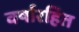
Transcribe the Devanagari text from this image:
वर्षारहित